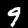
Label: 9